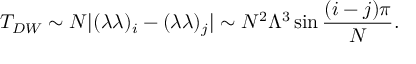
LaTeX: T _ { D W } \sim N | ( \lambda \lambda ) _ { i } - ( \lambda \lambda ) _ { j } | \sim N ^ { 2 } \Lambda ^ { 3 } \sin { { \frac { ( i - j ) \pi } { N } } } .